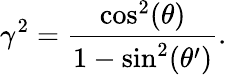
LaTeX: \gamma^{2}=\frac{\cos^{2}(\theta)}{1-\sin^{2}(\theta^{\prime})}.